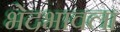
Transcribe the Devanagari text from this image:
भेदभावला